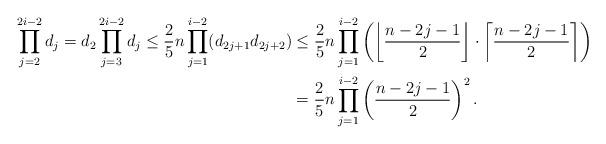
LaTeX: \begin{align*} \prod_{j=2}^{2i-2}d_j=d_2\prod_{j=3}^{2i-2}d_j \leq \frac{2}{5}n\prod_{j=1}^{i-2}(d_{2j+1}d_{2j+2})& \leq \frac{2}{5}n\prod_{j=1}^{i-2}\left(\left\lfloor \frac{n-2j-1}{2}\right\rfloor \cdot \left\lceil \frac{n-2j-1}{2}\right\rceil\right)\\& =\frac{2}{5}n\prod_{j=1}^{i-2}\left(\frac{n-2j-1}{2}\right)^2. \end{align*}